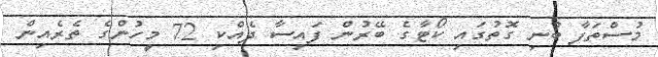
މުސްތަފާ ބުނި ގޮތުގައި ކޯޓާގެ ބޭރުން ފައިސާ ދެއްކި 72 މީހުންގެ ތެރެއިން